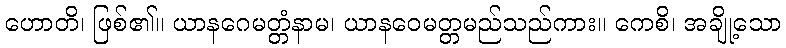
ဟောတိ၊ ဖြစ်၏။ ယာနဂေမတ္တံနာမ၊ ယာနဝေမတ္တမည်သည်ကား။ ကေစိ၊ အချို့သော